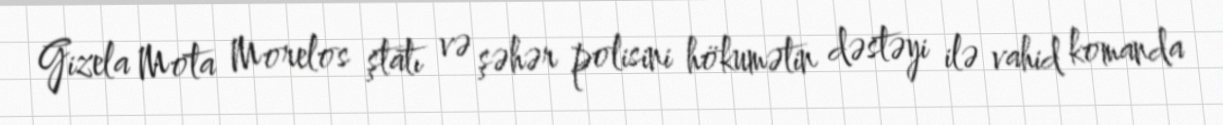
Gizela Mota Morelos ştatı və şəhər polisini hökumətin dəstəyi ilə vahid komanda